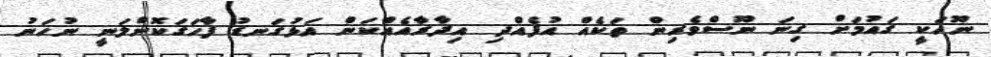
ނޫހަކީ ގައުމަށް ގިނަ ނޫސްވެރިން ތަކެއް އުފެއްދި އިދާރާއެއްކަން އަޅުގަނޑު ފާހަގަކޮށްލަނީ ނުހަނު